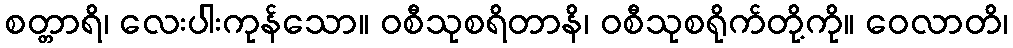
စတ္တာရိ၊ လေးပါးကုန်သော။ ဝစီသုစရိတာနိ၊ ဝစီသုစရိုက်တို့ကို။ ဝေလာတိ၊